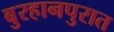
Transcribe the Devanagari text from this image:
बुरहानपुरात